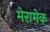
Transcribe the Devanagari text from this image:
मेरामेक